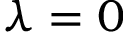
\lambda = 0